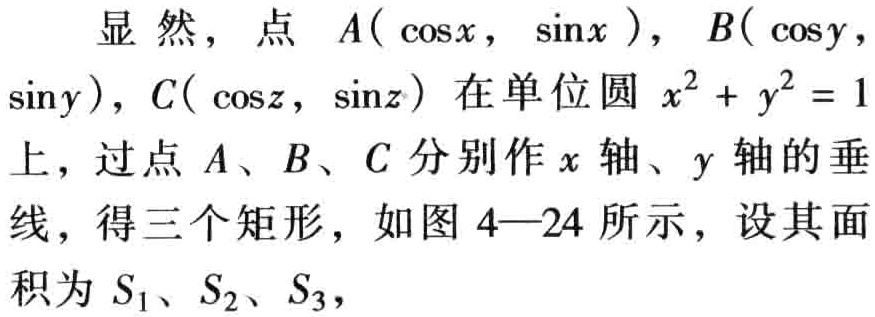
显然，点 \(A(\cos x,\sin x)\)，\(B(\cos y,\sin y)\)，\(C(\cos z,\sin z)\) 在单位圆 \(x^{2}+y^{2}=1\) 上，过点 \(A\)、\(B\)、\(C\) 分别作 \(x\) 轴、\(y\) 轴的垂线，得三个矩形，如图 4—24 所示，设其面积为 \(S_{1}\)、\(S_{2}\)、\(S_{3}\)，